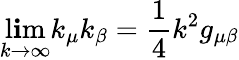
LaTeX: \operatorname*{l\mathbf{i}m}_{k\rightarrow\infty}k_{\mu}k_{\beta}=\frac{{1}}{{4}}k^{2}g_{\mu\beta}